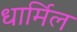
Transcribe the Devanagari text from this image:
धार्मिल